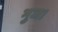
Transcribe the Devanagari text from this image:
भुज।